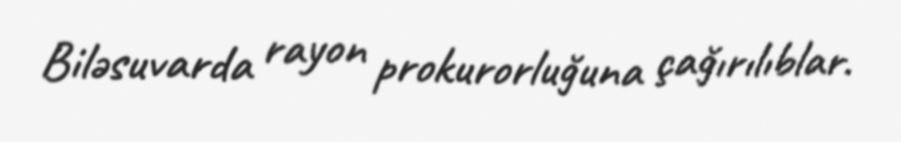
Biləsuvarda rayon prokurorluğuna çağırılıblar.